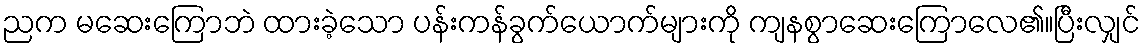
ညက မဆေးကြောဘဲ ထားခဲ့သော ပန်းကန်ခွက်ယောက်များကို ကျနစွာဆေးကြောလေ၏။ပြီးလျှင်